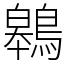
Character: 鷎